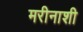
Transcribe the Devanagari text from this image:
मरीनाशी